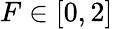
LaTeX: F\in[0,2]